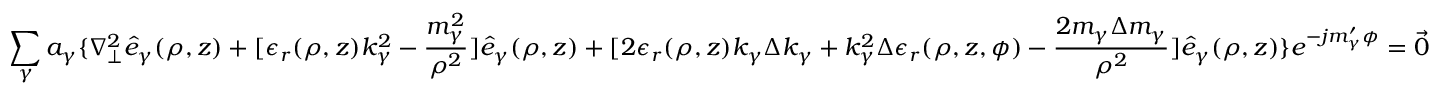
\sum _ { \gamma } a _ { \gamma } \{ \nabla _ { \perp } ^ { 2 } \hat { e } _ { \gamma } ( \rho , z ) + [ \epsilon _ { r } ( \rho , z ) k _ { \gamma } ^ { 2 } - \frac { m _ { \gamma } ^ { 2 } } { \rho ^ { 2 } } ] \hat { e } _ { \gamma } ( \rho , z ) + [ 2 \epsilon _ { r } ( \rho , z ) k _ { \gamma } \Delta k _ { \gamma } + k _ { \gamma } ^ { 2 } \Delta \epsilon _ { r } ( \rho , z , \phi ) - \frac { 2 m _ { \gamma } \Delta m _ { \gamma } } { \rho ^ { 2 } } ] \hat { e } _ { \gamma } ( \rho , z ) \} e ^ { - j m _ { \gamma } ^ { \prime } \phi } = { \vec { 0 } }